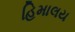
હિમાલય